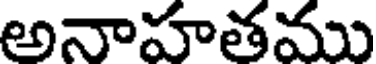
అనాహతము